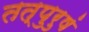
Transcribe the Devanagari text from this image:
तत्पुरुषं